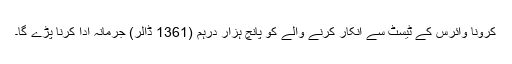
کرونا وائرس کے ٹیسٹ سے انکار کرنے والے کو پانچ ہزار درہم (1361 ڈالر) جرمانہ ادا کرنا پڑے گا۔